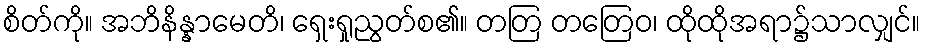
စိတ်ကို။ အဘိနိန္နာမေတိ၊ ရှေးရှုညွတ်စ၏။ တတြ တတြေဝ၊ ထိုထိုအရာ၌သာလျှင်။